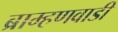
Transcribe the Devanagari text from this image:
ब्राम्हणवाडी